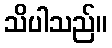
သိပါသည်။